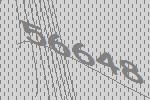
56648